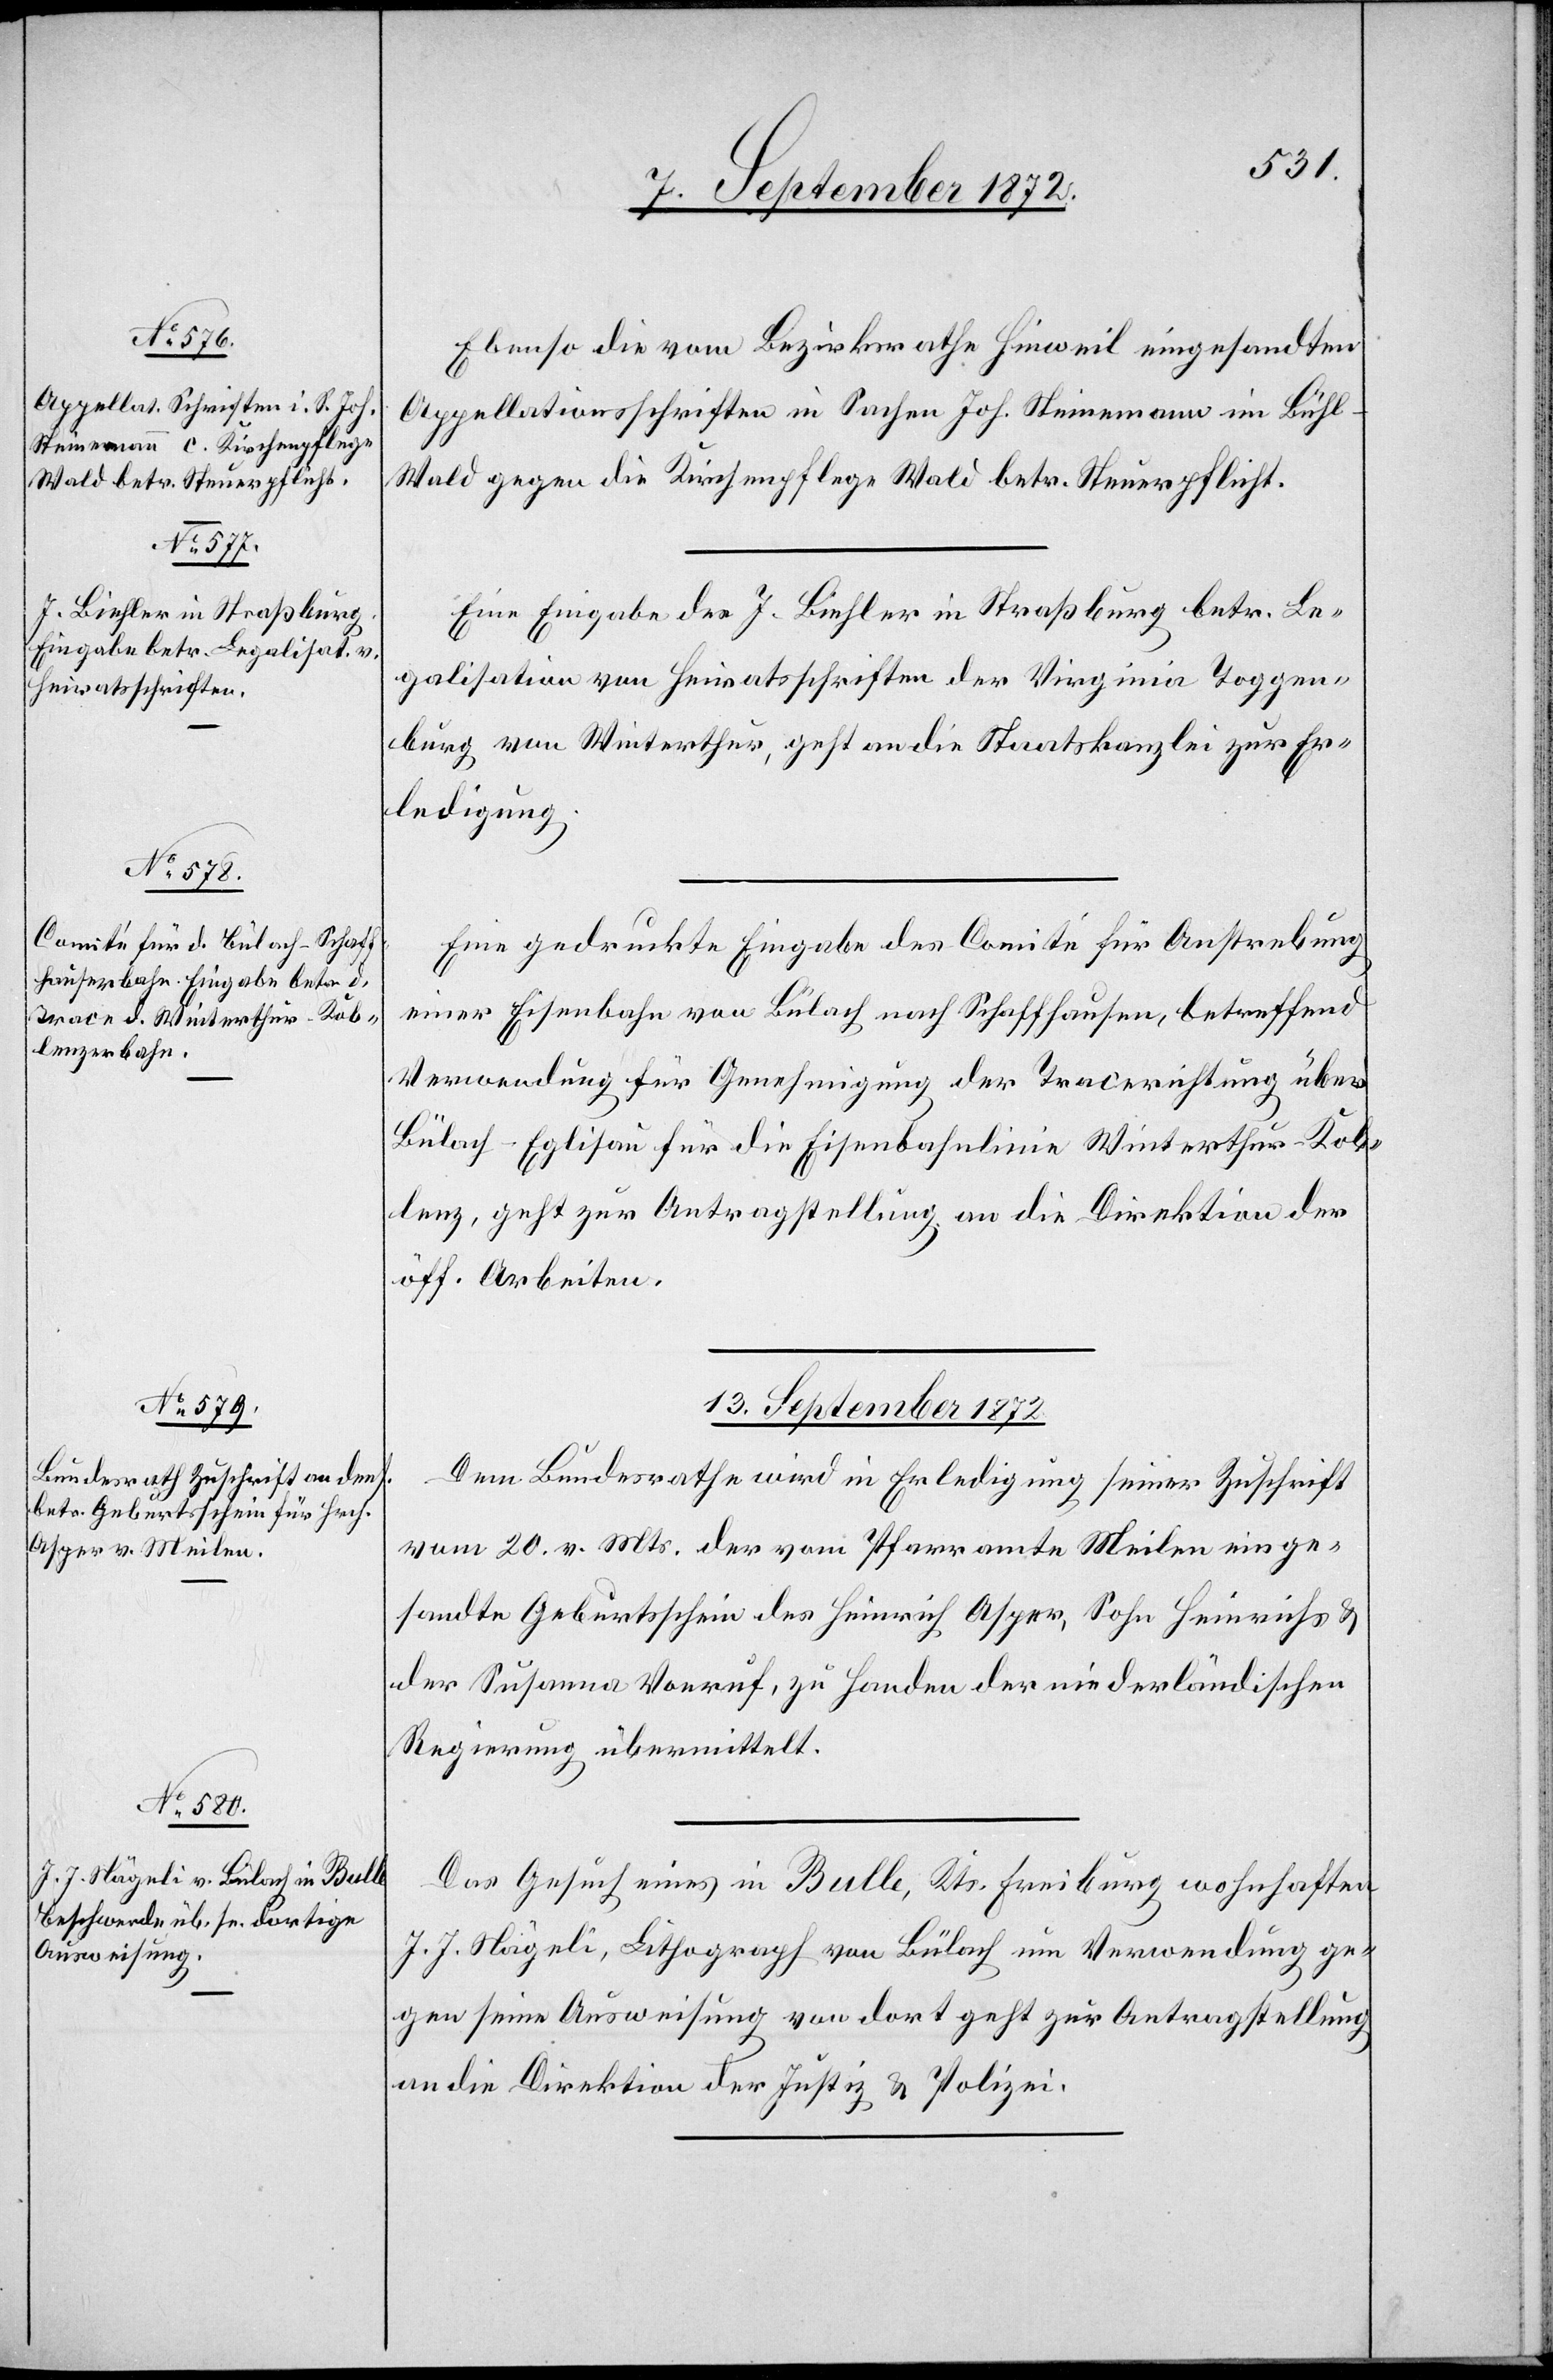
Ebenso die vom Bezirksrathe Hinweil eingesandten
Appellationsschriften in Sachen Joh. Steinemann im Bühl-W¬
ald gegen die Kirchenpflege Wald betr. Steuerpflicht.
Eine Eingabe des J. Biehler in Straßburg betr. Le¬
galisation von Heiratsschriften der Virginia Toggen¬
burg von Winterthur, geht an die Staatskanzlei zur Er¬
ledigung.
Eine gedruckte Eingabe des Comité für Anstrebung
einer Eisenbahn von Bülach nach Schaffhausen, betreffend
Verwendung für Genehmigung der Tracerichtung über
Bülach–Eglisau für die Eisenbahnlinie Winterthur–Kob¬
lenz, geht zur Antragstellung an die Direktion der
öff. Arbeiten.
13. September 1872.]
Dem Bundesrathe wird in Erledigung seiner Zuschrift
vom 20. v. Mts. der vom Pfarramte Meilen einge¬
sandte Geburtsschein des Heinrich Asper, Sohn Heinrichs u.
der Susanna Vonruf, zu Handen der niederländischen
Regierung übermittelt.
Das Gesuch eines in Bulle, Kts. Freiburg wohnhaften
J. J. Nägeli, Lithograph von Bülach um Verwendung ge¬
gen seine Ausweisung von dort geht zur Antragstellung
an die Direktion der Justiz u. Polizei.